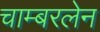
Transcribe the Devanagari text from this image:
चाम्बरलेन